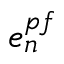
e _ { n } ^ { p f }